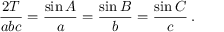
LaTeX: { \frac { 2 T } { a b c } } = { \frac { \sin A } { a } } = { \frac { \sin B } { b } } = { \frac { \sin C } { c } } \, .